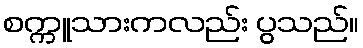
စက္ကူသားကလည်း ပွသည်။